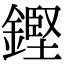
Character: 鏗